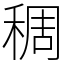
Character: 稠